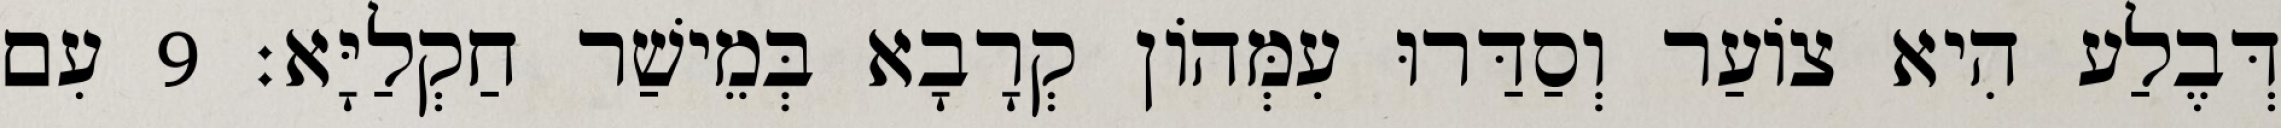
דְּבֶלַע הִיא צוֹעַר וְסַדַּרוּ עִמְּהוֹן קְרָבָא בְּמֵישַׁר חַקְלַיָּא׃ 9 עִם